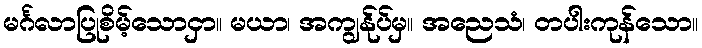
မင်္ဂလာပြုစိမ့်သောငှာ။ မယာ၊ အကျွန်ုပ်မှ။ အညေသံ၊ တပါးကုန်သော။